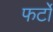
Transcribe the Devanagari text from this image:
फर्टो